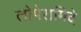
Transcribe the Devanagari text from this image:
लोपेरामिदे